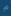
"